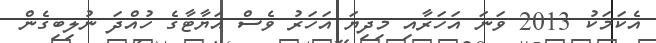
އެކަމަކު 2013 ވަނަ އަހަރާއި މިދިޔަ އަހަރު ވެސް އަޔާޓާގެ ހުއްދަ ނުލިބިގެން